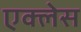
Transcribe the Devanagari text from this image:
एक्लेस